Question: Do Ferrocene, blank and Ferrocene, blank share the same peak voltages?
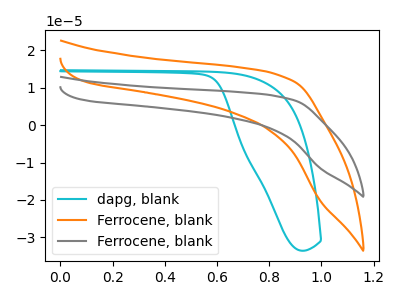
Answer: <think>The cyan curve "dapg, blank" has no peaks. The orange curve "Ferrocene, blank" has no peaks. The gray curve "Ferrocene, blank" has no peaks.</think>
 <answer>Niether CV has any peaks.</answer>
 <eval>blanks</eval>